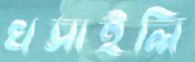
খসাইলি